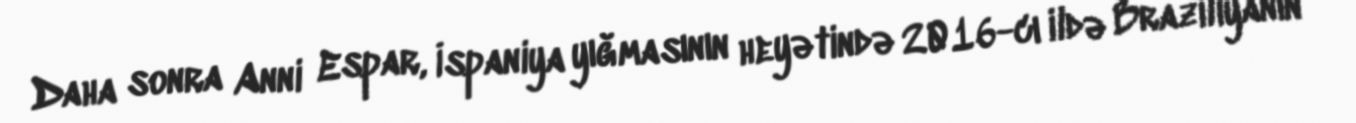
Daha sonra Anni Espar, İspaniya yığmasının heyətində 2016-cı ildə Braziliyanın